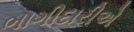
ભાગીદારીએ